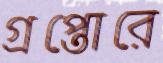
গ্রপ্তোরে